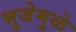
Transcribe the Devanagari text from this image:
भुजेमुळे